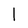
Character: 1